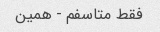
فقط متاسفم - همین